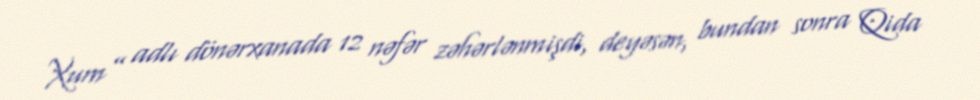
Xum” adlı dönərxanada 12 nəfər zəhərlənmişdi, deyəsən, bundan sonra Qida